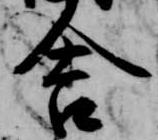
舎